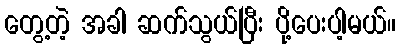
တွေ့တဲ့ အခါ ဆက်သွယ်ပြီး ပို့ပေးပါ့မယ်။